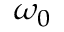
\omega _ { 0 }